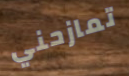
تمازحني